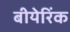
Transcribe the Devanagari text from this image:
बीयेरिंक